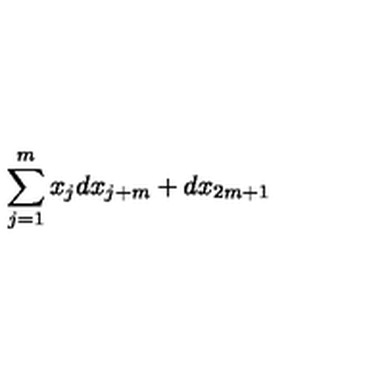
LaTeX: \sum _ { j = 1 } ^ { m } x _ { j } d x _ { j + m } + d x _ { 2 m + 1 }